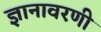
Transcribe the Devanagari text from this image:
ज्ञानावरणी